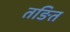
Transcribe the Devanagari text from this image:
तङित